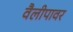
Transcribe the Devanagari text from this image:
वैलीपावर